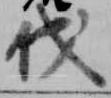
伐